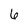
Character: 6